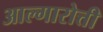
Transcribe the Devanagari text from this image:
आल्गारोत्ती